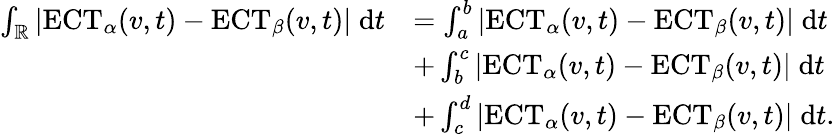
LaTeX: \begin{array}{rl}{\int_{\mathbb{R}}|\mathrm{ECT}_{\alpha}(v,t)-\mathrm{ECT}_{\beta}(v,t)|\; \mathrm{d}t}&{=\int_{a}^{b}|\mathrm{ECT}_{\alpha}(v,t)-\mathrm{ECT}_{\beta}(v,t)|\; \mathrm{d}t}\\ &{+\int_{b}^{c}|\mathrm{ECT}_{\alpha}(v,t)-\mathrm{ECT}_{\beta}(v,t)|\; \mathrm{d}t}\\ &{+\int_{c}^{d}|\mathrm{ECT}_{\alpha}(v,t)-\mathrm{ECT}_{\beta}(v,t)|\; \mathrm{d}t.}\end{array}